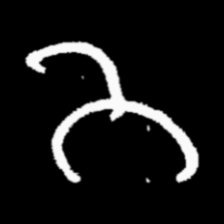
Pyu character \u2014 Myanmar letter: ဘ (romanized: bha)